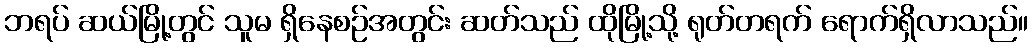
ဘရပ် ဆယ်မြို့တွင် သူမ ရှိနေစဉ်အတွင်း ဆတ်သည် ထိုမြို့သို့ ရုတ်တရက် ရောက်ရှိလာသည်။